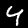
Digit: 4